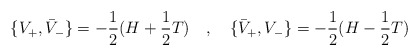
\begin{align*}\lbrace V_+, \bar V_-\rbrace = -{1\over 2} (H+{1\over 2}T)\quad ,\quad \lbrace \bar V_+, V_-\rbrace = - {1\over 2} (H-{1\over 2} T)\end{align*}